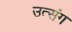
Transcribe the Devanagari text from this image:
उत्संग